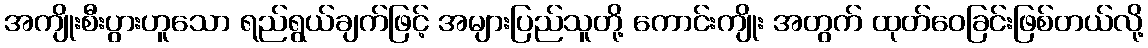
အကျိုးစီးပွားဟူသော ရည်ရွယ်ချက်ဖြင့် အများပြည်သူတို့ ကောင်းကျိုး အတွက် ထုတ်ဝေခြင်းဖြစ်တယ်လို့